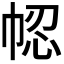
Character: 𢂻